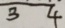
3 4